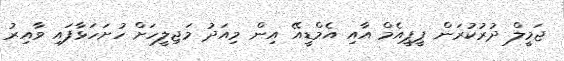
ޖަމީލް ދުރުކުރަން ޕީޕީއެމް އާއި އެމްޑީއޭ އިން މިއަދު މަޖިލީހަށް ހުށަހަޅާފައި ވާއިރު